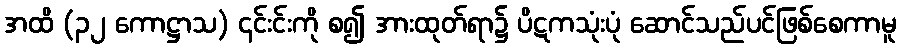
အထိ (၃၂ ကောဋ္ဌာသ) ၎င်းင်းကို စ၍ အားထုတ်ရာ၌ ပိဋကသုံးပုံ ဆောင်သည်ပင်ဖြစ်စေကာမူ